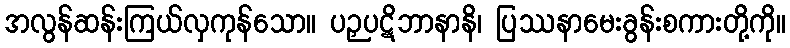
အလွန်ဆန်းကြယ်လှကုန်သော။ ပဉှပဋိဘာနာနိ၊ ပြဿနာမေးခွန်းစကားတို့ကို။